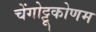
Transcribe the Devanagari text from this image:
चेंगोट्टूकोणम